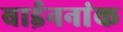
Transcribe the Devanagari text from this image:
बाईननांक